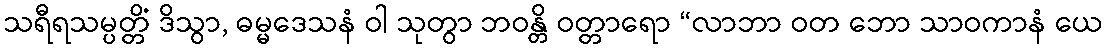
သရီရသမ္ပတ္တိံ ဒိသွာ, ဓမ္မဒေသနံ ဝါ သုတွာ ဘဝန္တိ ဝတ္တာရော “လာဘာ ဝတ ဘော သာဝကာနံ ယေ